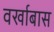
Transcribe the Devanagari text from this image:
वर्खाबास